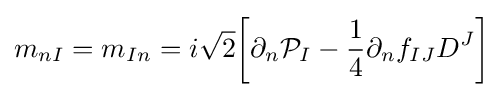
m_{nI}=m_{In}=i{\sqrt {2}}{\bigg [}\partial _{n}{\mathcal {P}}_{I}-{\frac {1}{4}}\partial _{n}f_{IJ}D^{J}{\bigg ]}